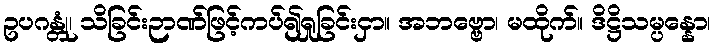
ဥပဂန္တုံ၊ သိခြင်းဉာဏ်ဖြင့်ကပ်၍ရှုခြင်းငှာ။ အဘဗ္ဗော၊ မထိုက်။ ဒိဋ္ဌိသမ္ပန္နော၊